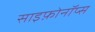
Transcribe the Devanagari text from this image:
साइफ़ोनॉप्स